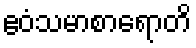
ဧဝံသမာစာရောတိ